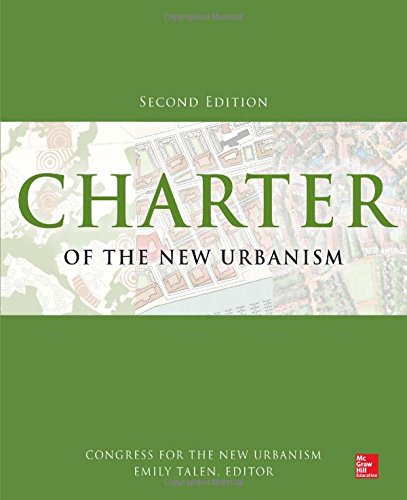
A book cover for Charter of the New Urbanism, 2nd Edition; Congress for the New Urbanism; Arts & Photography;